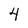
Character: 4